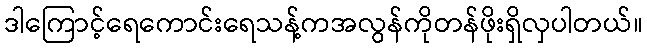
ဒါကြောင့်ရေကောင်းရေသန့်ကအလွန်ကိုတန်ဖိုးရှိလှပါတယ်။